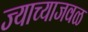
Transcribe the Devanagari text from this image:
ज्याच्याजवळ